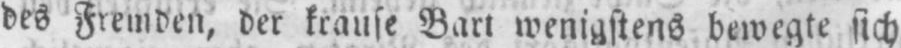
des Fremden, der krause Bart wenigstens bewegte sich